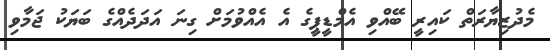
މެދުޒިޔާރަތް ކައިރީ ބޭއްވި އެމްޑީޕީގެ އެ އެއްވުމަށް ގިނަ އަދަދެއްގެ ބަޔަކު ޖަމާވި